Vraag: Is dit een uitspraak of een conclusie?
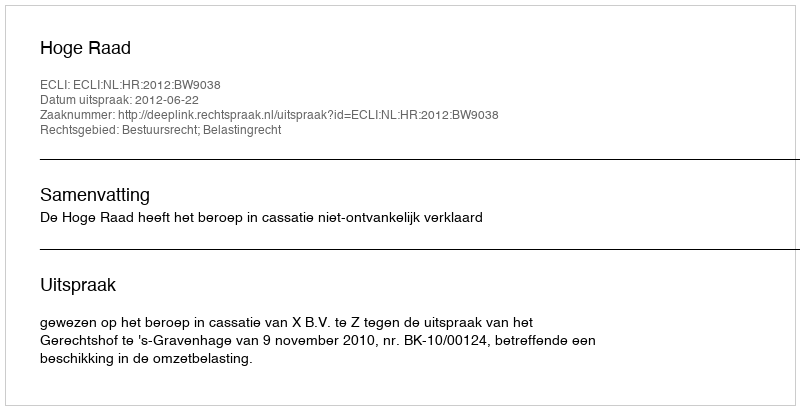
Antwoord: Uitspraak